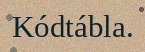
Kódtábla.